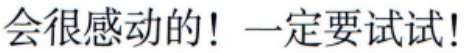
会很感动的！一定要试试!